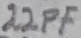
Text: 22PF